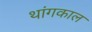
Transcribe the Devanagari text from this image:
थांगकाल